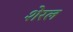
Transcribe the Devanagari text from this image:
शेरल